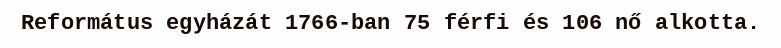
Református egyházát 1766-ban 75 férfi és 106 nő alkotta.